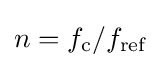
n=f_{\text{c}}/f_{\text{ref}}